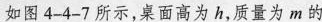
如图4-4-7所示，桌面高为h，质量为m的